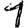
Digit: 1